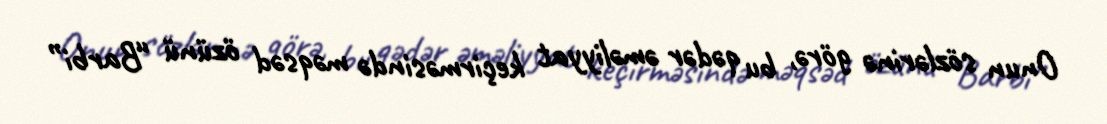
Onun sözlərinə görə, bu qədər əməliyyat keçirməsində məqsəd özünü “Barbi”